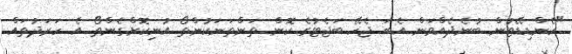
"ކެންޑިޑޭޓުން ބުނެދެއްވަން އެބަ ޖެހޭ ބަޖެޓުގެ ކޮން ތަންތަނަކުންތޯ އުނިކޮށްގެންތޯ އެ ހަރަދުތައް